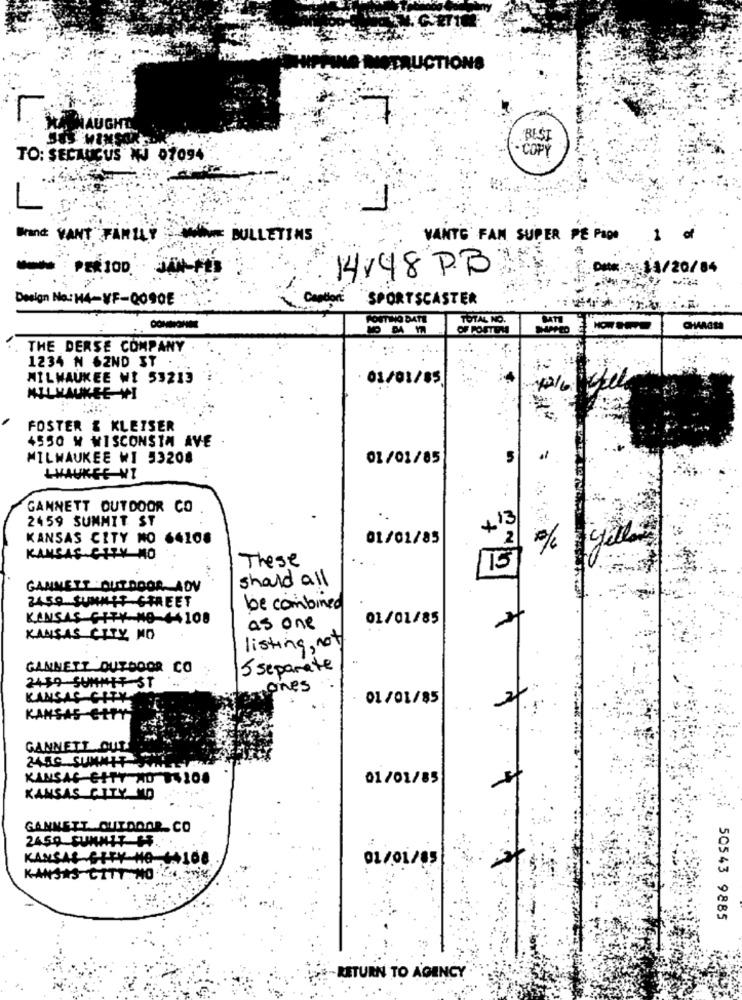
NOTRUCTIONS
HATNAUGHT
L:
SES WINSOR
TO: SECAUCUS NJ 07094
Brand WANT PARIS
BULLETINS
VANTE FAN SUPER PE Page
1 of
DHK :.: 11/20/84
14:48 PB
Design No .: 14-VF-QO90E
Contient
SPORTSCASTER
ROUTING DATE
TOTAL NO.
NO BA 17
OF POSTEM
THE DERSE COMPANY
1234 N 62ND ST .
MILWAUKEE WI 53213
· 01/01/85
MILWAUKEE WI
FOSTER & KLEISER
4550 W WISCONSIN AVE
MILWAUKEE WI 53208
01/01/85
5
LWAUKCE NI
GANNETT OUTDOOR CO
2459 SUMMIT ST
+ 13
KANSAS CITY NO 64108
01/01/85
2
KANSAS CITY MO
These
should all
GANNETT OUTDOOR. ADV
2459 SUNNIT STREET
be combined
KANSAS CITY NO +4108
01/01/85
as one
KANSAS CITY NO
listing, not
GANNETT OUTDOOR CO
5 separate
2439 SUMMIT ST
ones
KANSAS CITY
01/01/85
KANSAS CITY
GANNETT OUT
2450 SUMMIT
KANSAS CITY NO 14200
01/01/85
KANSAS CITY NO
GANNETT OUTDOOR CO
2459 SUNNIT 15 ..
KANSAS CITY HO ++100
01/01/05
KANSAS CITY. NO .Jny.
50543 9885
RETURN TO AGENCY